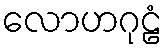
လောဟဂုဠံ